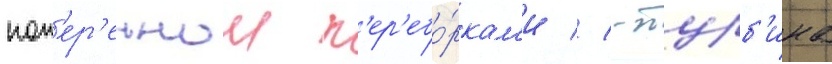
поп'ер'ечнои п'ер'ебо́ркам'и // -турб'ина